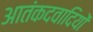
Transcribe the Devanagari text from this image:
आतंकदवादियों